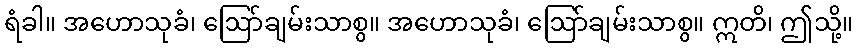
ရံခါ။ အဟောသုခံ၊ ဩော်ချမ်းသာစွ။ အဟောသုခံ၊ ဩော်ချမ်းသာစွ။ ဣတိ၊ ဤသို့။